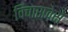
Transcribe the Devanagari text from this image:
विचारावेसे